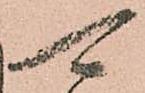
可